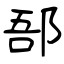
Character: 郚